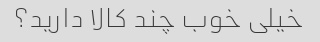
خیلی خوب چند کالا دارید؟